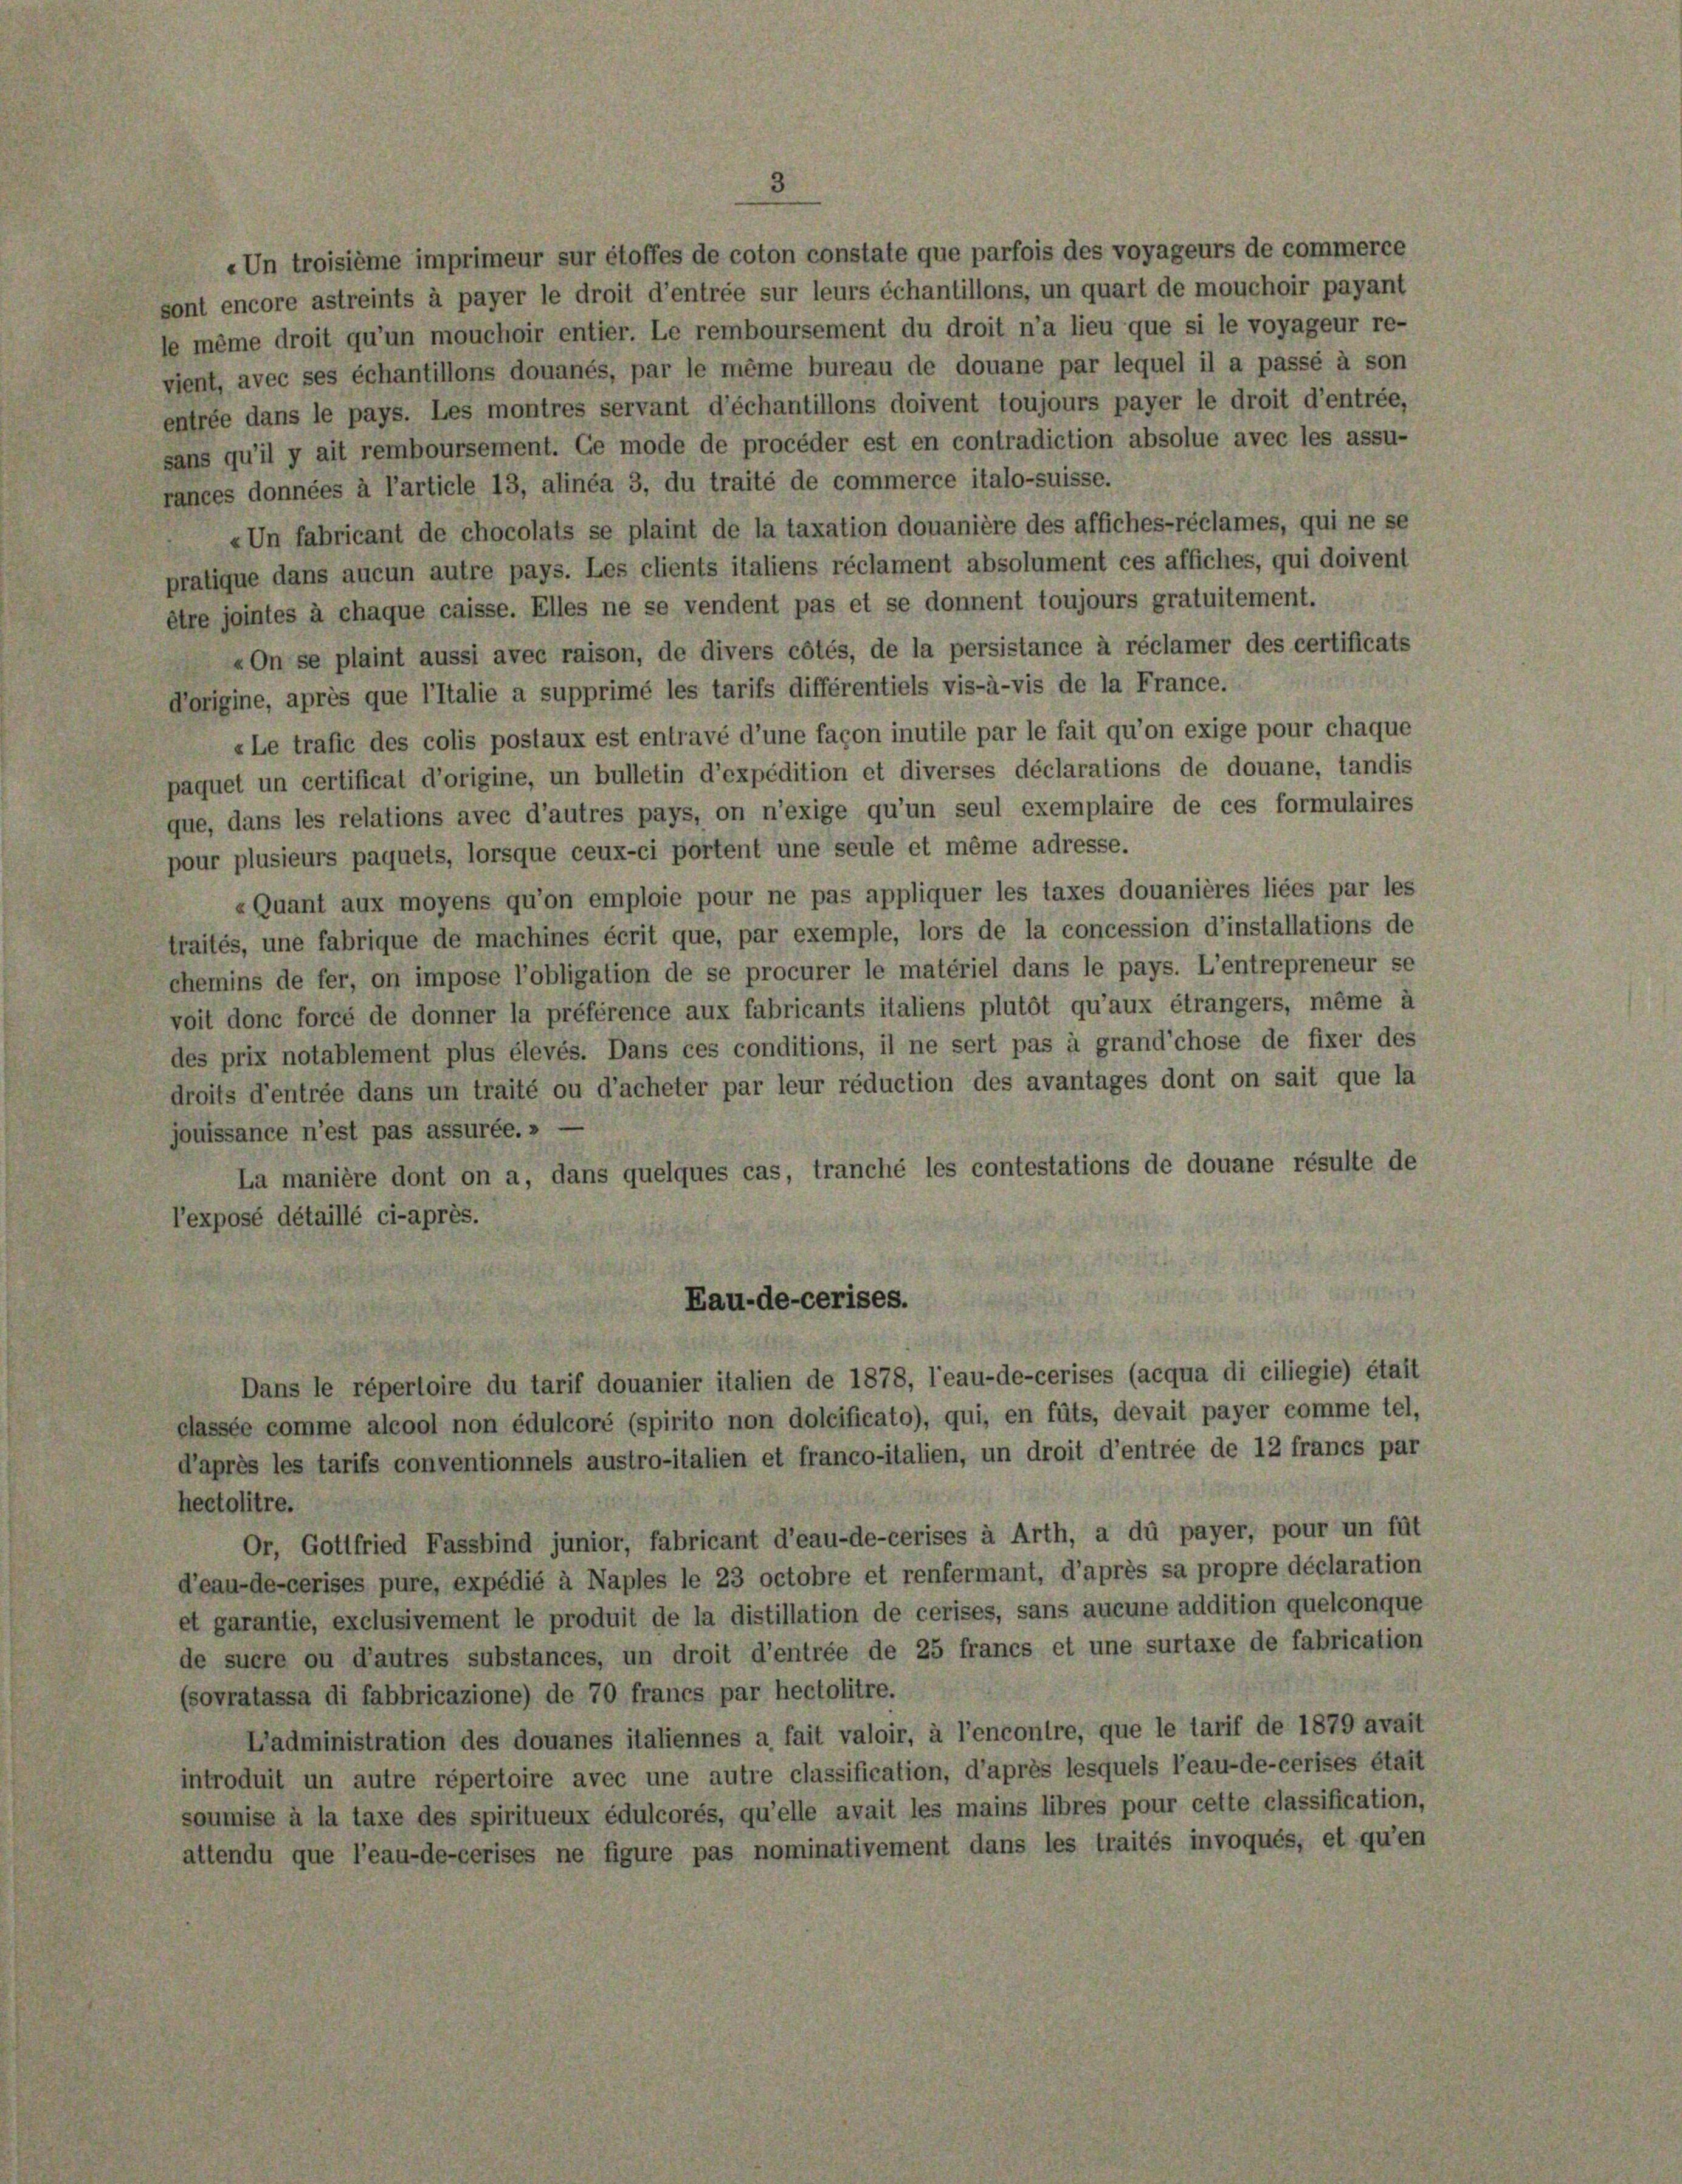
Eau-de-cerises.
Dans le répertoire du tarif douanier italien de 1878, l’eau-de-cerises (acqua di ciliegie) était
classée comme alcool non édulcoré (spirito non dolcificato), qui, en füts, devait payer comme tel,
d’après les tarifs conventionnels austro-italien et franco-italien, un droit d’entrée de 12 francs par
hectolitre.
Or, Gottfried Fassbind junior, fabricant d’eau-de-cerises à Arth, a du payer, pour un füt
d’eau-de-cerises pure, expédié à Naples le 23 octobre et renfermant, d’après sa propre déclaration
et garantie, exclusivement le produit de la distillation de cerises, sans aucune addition quelconque
de suere ou d’autres substances, un droit d’entrée de 25 francs et une surtaxe de fabrication
(sovratassa di fabbricazione) de 70 francs par hectolitre.
L’administration des douanes italiennes a fait valoir, à l’encontre, que le tarif de 1879 avait
introduit un autre répertoire avec une autre classification, d’après lesquels l’eau-de-cerises était
soumise à la taxe des spiritueux édulcorés, qu’elle avait les mains libres pour cette classification,
attendu que l’eau-de-cerises ne figure pas nominativement dans les traités invoqués, et qu’en

«Un troisième imprimeur sur étoffes de coton constate que parfois des voyageurs de commerce
sont encore astreints à payer le droit d’entrée sur leurs échantillons, un quart de mouchoir payant
le même droit qu’un mouchoir entier. Le remboursement du droit n’a lieu que si le voyageur re-
vient, avec ses échantillons douanés, par le même bureau de douane par lequel il a passé à son
entrée dans le pays. Les montres servant d’échantillons doivent toujours payer le droit d’entrée,
sans qu’il y ait remboursement. Ge mode de procéder est en contradiction absolue avec les assu-
rances données à l’article 13, alinéa 3, du traité de commerce italo-suisse.
«Un fabricant de chocolats se plaint de la taxation douanière des affiches-réclames, qui ne se
pratique dans aucun autre pays. Les clients italiens réclament absolument ces affiches, qui doivent
être jointes à chaque caisse. Elles ne se vendent pas et se donnent toujours gratuitement.
«On se plaint aussi avec raison, de divers côtés, de la persistance à réclamer des certificats
d’origine, après que l’Italie a supprimé les tarifs différentiels vis-à-vis de la France.
«Le trafie des colis postaux est entravé d’une façon inutile par le fait qu’on exige pour chaque
paquet un certificat d’origine, un bulletin d’expédition et diverses déclarations de douane, tandis
que, dans les relations avec d’autres pays, on n’exige qu’un seul exemplaire de ces formulaires
pour plusieurs paquets, lorsque ceux-ci portent une seule et même adresse.
«Quant aux moyens qu’on emploie pour ne pas appliquer les taxes douanières liées par les
traités, une fabrique de machines écrit que, par exemple, lors de la concession d’installations de
chemins de fer, on impose l’obligation de se procurer le matériel dans le pays. L’entrepreneur se
voit donc forcé de donner la préférence aux fabricants italiens plutôt qu’aux étrangers, même à
des prix notablement plus élevés. Dans ces conditions, il ne sert pas à grand’chose de fixer des
droits d’entrée dans un traité ou d’acheter par leur réduction des avantages dont on sait que la
jouissance n’est pas assurée.»
La manière dont on a, dans quelques cas, tranché les contestations de douane résulte de
l’exposé détaillé ci-après.